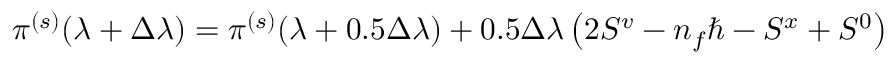
\pi ^ { ( s ) } ( \lambda + \Delta \lambda ) = \pi ^ { ( s ) } ( \lambda + 0 . 5 \Delta \lambda ) + 0 . 5 \Delta \lambda \left( 2 S ^ { v } - n _ { f } \hbar - S ^ { x } + S ^ { 0 } \right)